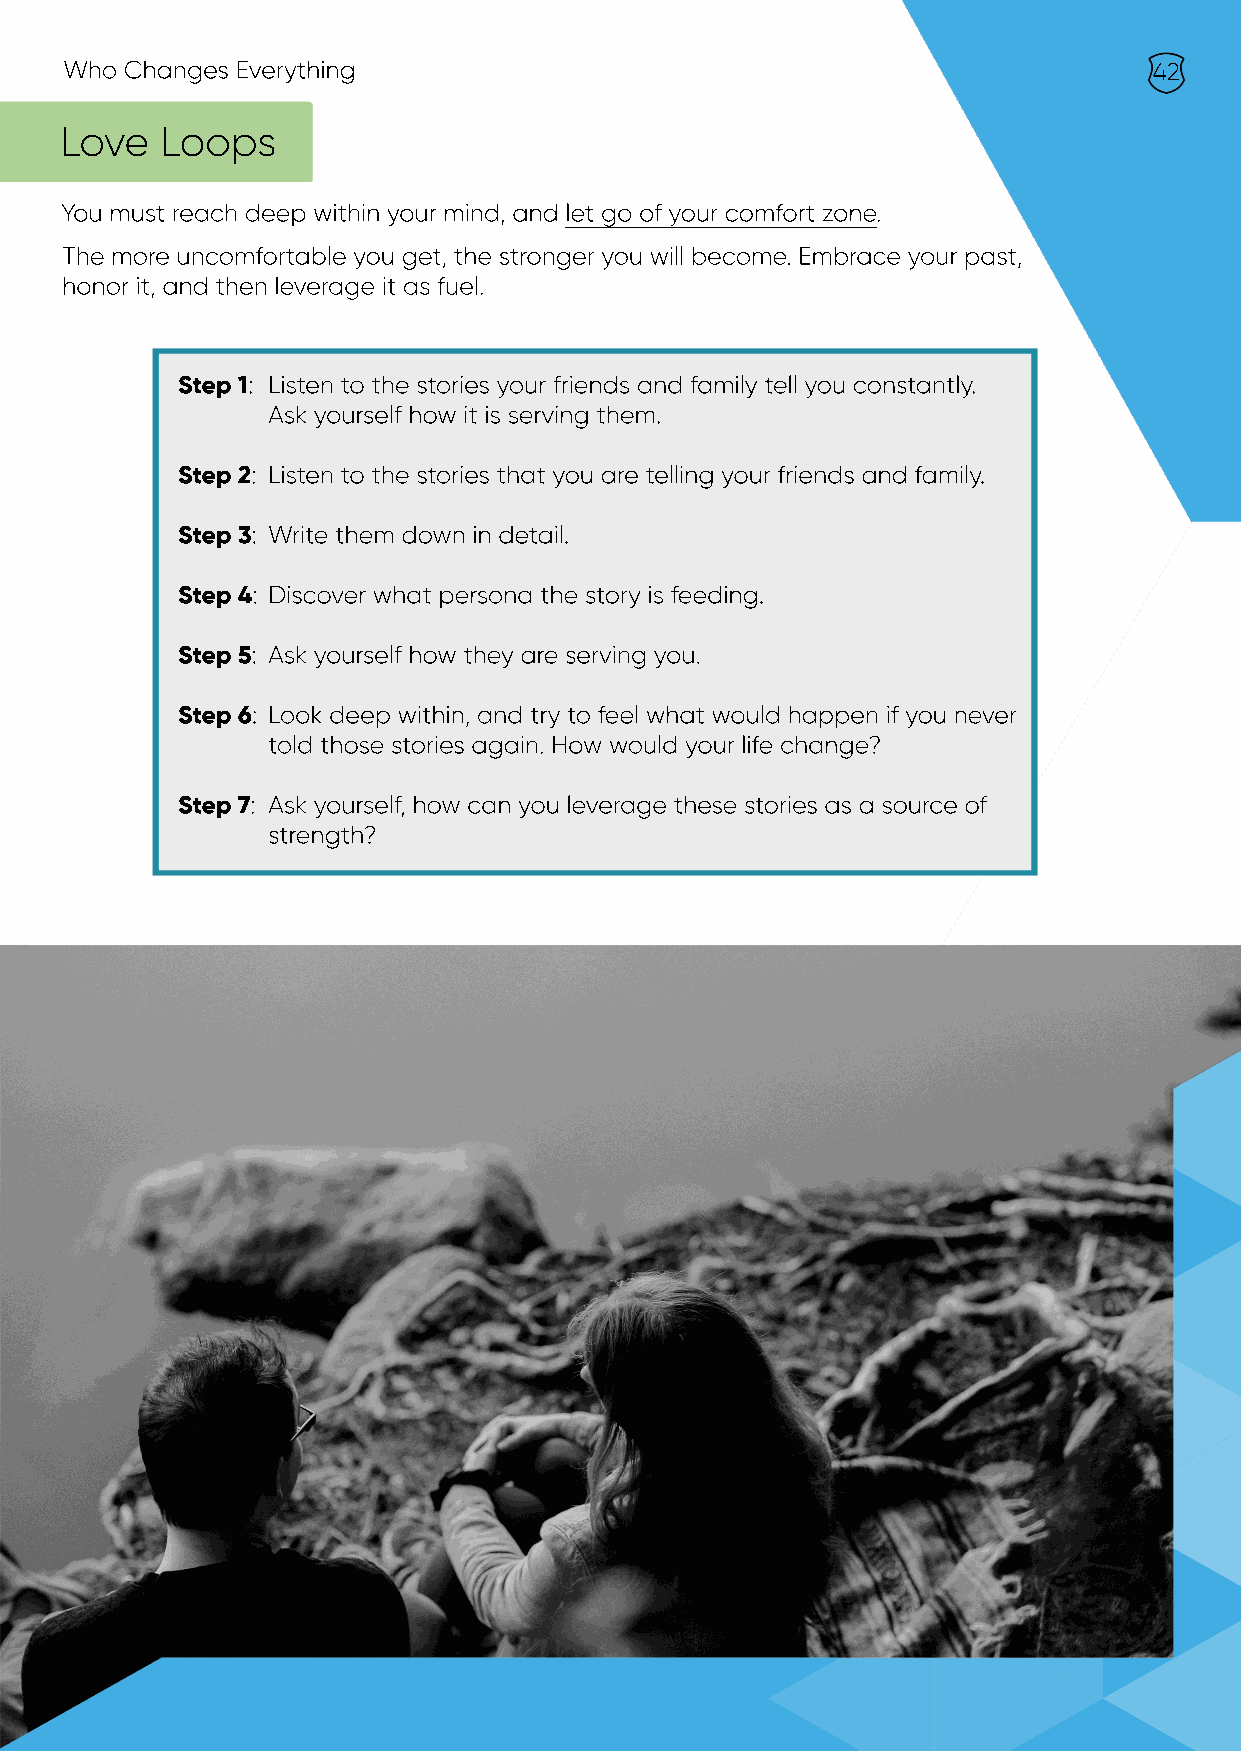
Who Changes Everything                                                  42
 Love   Loops
 You must reach deep within your mind, and let go of your comfort zone.
 The more uncomfortable you get, the stronger you will become. Embrace your past,
 honor it, and then leverage it as fuel.
 Step 1: Listen to the stories your friends and family tell you constantly.
 Ask yourself how it is serving them.
 Step 2: Listen to the stories that you are telling your friends and family.
 Step 3: Write them down in detail.
 Step 4: Discover what persona the story is feeding.
 Step 5: Ask yourself how they are serving you.
 SStteepp 66: Look deep within, and try to feel what would happen if you never
 told those stories again. How would your life change?
 Step 7: Ask yourself, how can you leverage these stories as a source of
 strength?